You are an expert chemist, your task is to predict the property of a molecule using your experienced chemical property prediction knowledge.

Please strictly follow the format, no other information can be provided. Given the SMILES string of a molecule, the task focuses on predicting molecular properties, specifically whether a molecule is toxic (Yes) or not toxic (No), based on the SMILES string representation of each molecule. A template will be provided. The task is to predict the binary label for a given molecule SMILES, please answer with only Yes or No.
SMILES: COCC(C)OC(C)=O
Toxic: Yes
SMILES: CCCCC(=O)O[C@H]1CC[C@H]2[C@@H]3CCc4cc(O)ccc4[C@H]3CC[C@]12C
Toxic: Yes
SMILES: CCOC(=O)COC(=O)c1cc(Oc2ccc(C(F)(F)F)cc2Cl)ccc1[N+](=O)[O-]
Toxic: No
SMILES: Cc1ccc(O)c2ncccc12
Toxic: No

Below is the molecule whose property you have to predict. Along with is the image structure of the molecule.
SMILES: Nc1ccc2ccccc2c1
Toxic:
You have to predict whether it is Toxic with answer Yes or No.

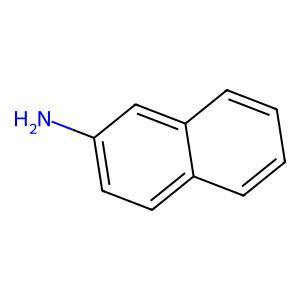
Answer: No